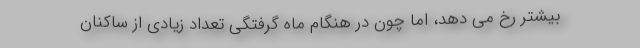
بیشتر رخ می دهد، اما چون در هنگام ماه گرفتگی تعداد زیادی از ساکنان